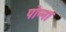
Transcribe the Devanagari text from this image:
पोन्ना